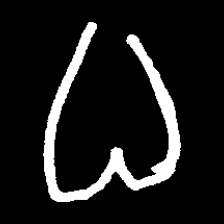
Pyu character \u2014 Myanmar letter: ဓ (romanized: dha)